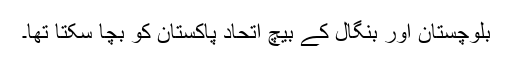
بلوچستان اور بنگال کے بیچ اتحاد پاکستان کو بچا سکتا تھا۔